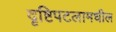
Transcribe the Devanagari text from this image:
दृष्टिपटलामधील